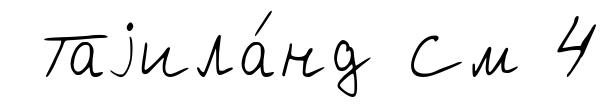
Таjила́нд См 4